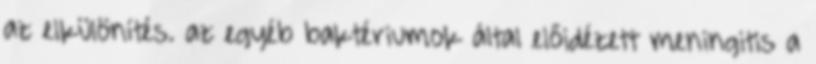
az elkülönítés. az egyéb baktériumok által előidézett meningitis a